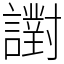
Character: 譵